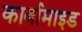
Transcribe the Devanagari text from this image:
कार्बामाइड